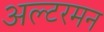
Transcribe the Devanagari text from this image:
अल्टरमन